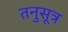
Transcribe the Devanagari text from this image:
तनुसूत्र